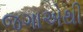
જગાએથી